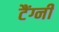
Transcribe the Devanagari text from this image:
टैंग्नी